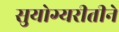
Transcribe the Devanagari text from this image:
सुयोग्यरीतीने